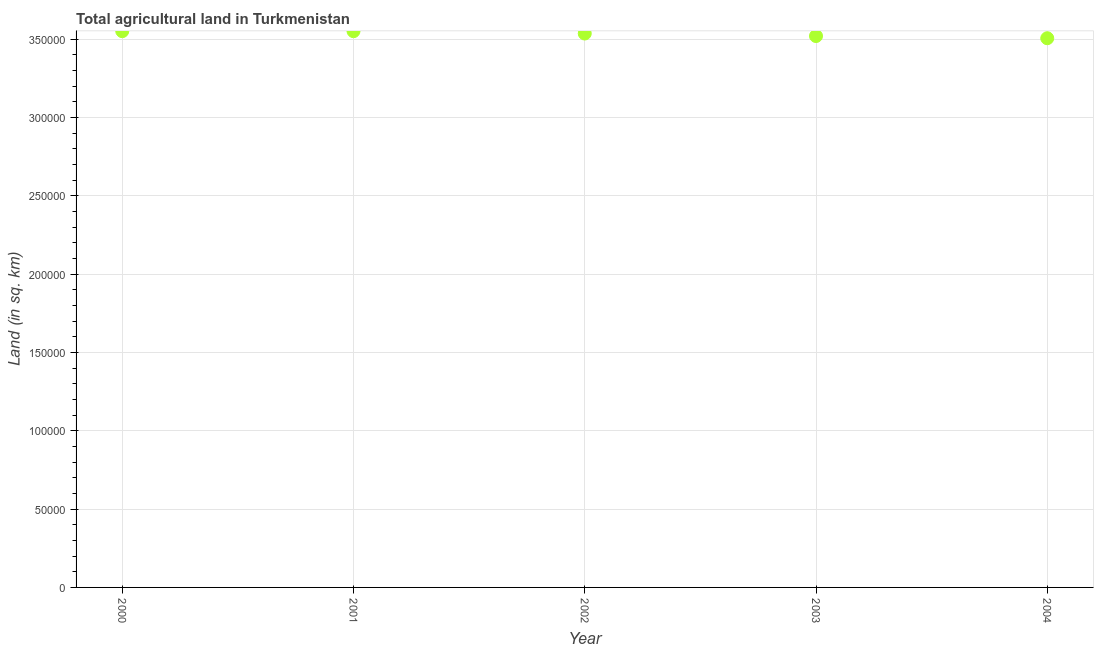
| Year | Agricultural land (sq. km) |
 | --- | --- |
 | 2000 | 3.55e+05 |
 | 2001 | 3.55e+05 |
 | 2002 | 3.54e+05 |
 | 2003 | 3.52e+05 |
 | 2004 | 3.50e+05 |